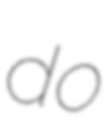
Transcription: do